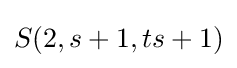
S(2,s+1,ts+1)